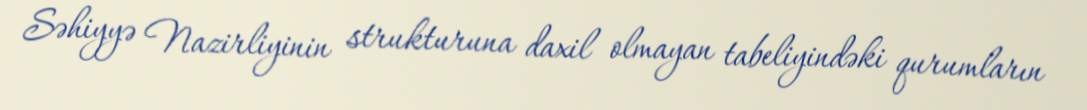
Səhiyyə Nazirliyinin strukturuna daxil olmayan tabeliyindəki qurumların